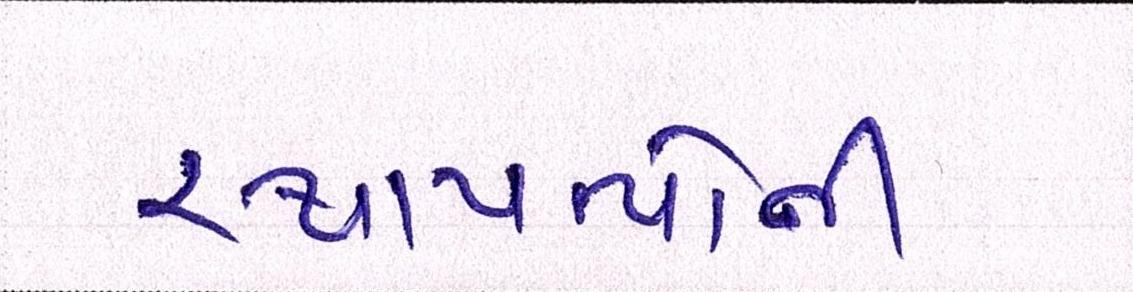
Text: સ્થાપત્યોની